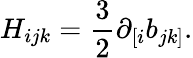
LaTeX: H_{ijk}=\frac{3}{2}\partial_{[i}b_{jk]}.